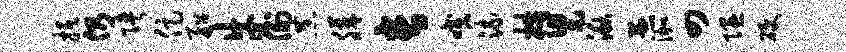
抵仍陕促船牛例恭膳长咬流梏舄湫愚伽四隰硬